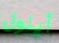
أيلول